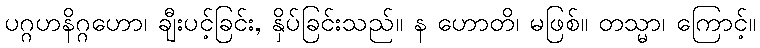
ပဂ္ဂဟနိဂ္ဂဟော၊ ချီးပင့်ခြင်း, နှိပ်ခြင်းသည်။ န ဟောတိ၊ မဖြစ်။ တသ္မာ၊ ကြောင့်။